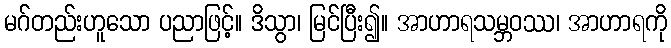
မဂ်တည်းဟူသော ပညာဖြင့်။ ဒိသွာ၊ မြင်ပြီး၍။ အာဟာရသမ္ဘဝဿ၊ အာဟာရကို